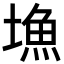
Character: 𡐚